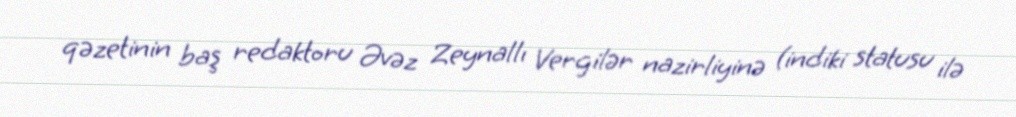
qəzetinin baş redaktoru Əvəz Zeynallı Vergilər nazirliyinə (indiki statusu ilə